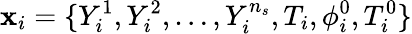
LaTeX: \mathbf{x}_{i}=\{ Y_{i}^{1},Y_{i}^{2},\ldots,Y_{i}^{n_{s}},T_{i},\phi_{i}^{0},T_{i}^{0}\}